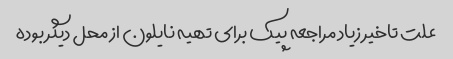
علت تاخیر زیاد مراجعه پیک برای تهیه نایلون از محل دیگر بوده